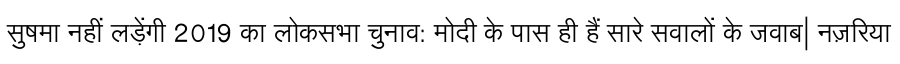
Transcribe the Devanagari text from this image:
सुषमा नहीं लड़ेंगी 2019 का लोकसभा चुनाव: मोदी के पास ही हैं सारे सवालों के जवाब| नज़रिया